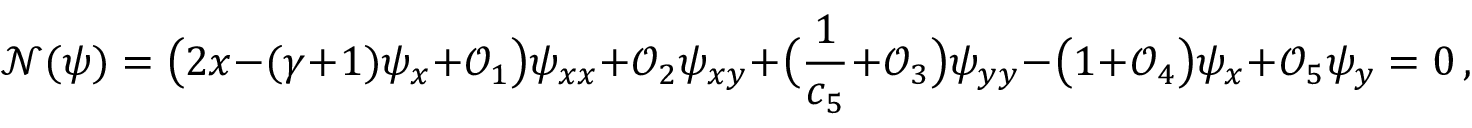
\mathcal { N } ( \psi ) = \big ( 2 x - ( \gamma + 1 ) \psi _ { x } + \mathcal { O } _ { 1 } \big ) \psi _ { x x } + \mathcal { O } _ { 2 } \psi _ { x y } + \big ( \frac { 1 } { c _ { 5 } } + \mathcal { O } _ { 3 } \big ) \psi _ { y y } - \big ( 1 + \mathcal { O } _ { 4 } \big ) \psi _ { x } + \mathcal { O } _ { 5 } \psi _ { y } = 0 \, ,